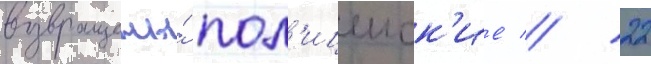
возвращены́ пол'ицеиск'ие // 22